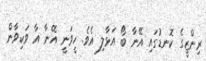
ރިންޒީގެ ކޮނޑުގައި އޭނާ ބޯ އަޅާލި އެވެ. ހީވަނީ އޭނާ އާ ވަކިވާން